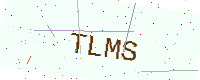
Text: TLMS